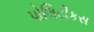
પોલિટીકસ